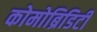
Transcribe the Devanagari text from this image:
कोमोब्रिडिटी